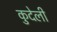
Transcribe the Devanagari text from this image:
कुदेली